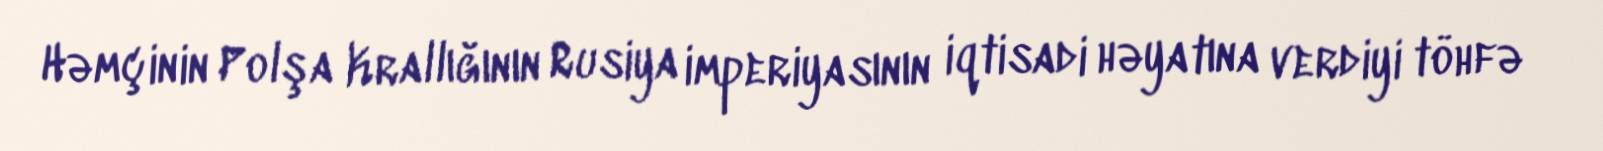
Həmçinin Polşa Krallığının Rusiya imperiyasının iqtisadi həyatına verdiyi töhfə